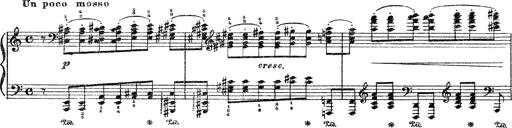
Title: 3 sonetti di Petrarca
Composer: Franz Liszt